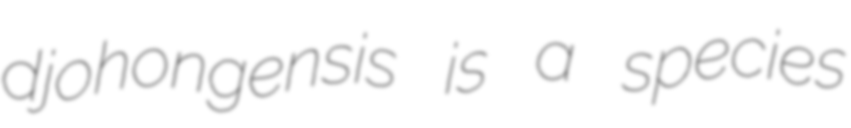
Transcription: djohongensis is a species